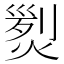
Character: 𤋴